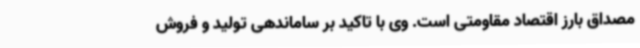
مصداق بارز اقتصاد مقاومتی است. وی با تاکید بر ساماندهی تولید و فروش